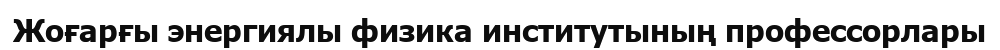
Жоғарғы энергиялы физика институтының профессорлары